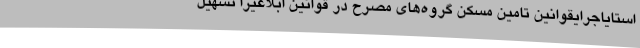
استایاجرایقوانین تامین مسکن گروه‌های مصرح در قوانین ابلاغیرا تسهیل